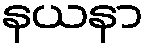
နယနာ